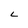
Character: L